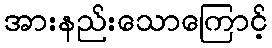
အားနည်းသောကြောင့်